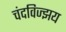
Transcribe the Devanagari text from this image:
चंदविज्झय